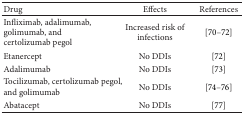
| Drug | Effects | References |
 | --- | --- | --- |
 | Infliximab, adalimumab,golimumab, and certolizumab pegol | Increased risk of infections | [70–72] |
 | Etanercept | No DDIs | [72] |
 | Adalimumab | No DDIs | [73] |
 | Tocilizumab, certolizumab pegol, and golimumab | No DDIs | [74–76] |
 | Abatacept | No DDIs | [77] |